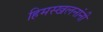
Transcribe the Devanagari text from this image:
हिमस्खलनांनी